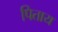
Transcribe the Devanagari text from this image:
पिताय